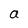
Character: a